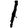
Digit: 1